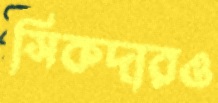
সিকদারও